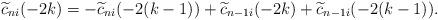
LaTeX: \begin{align*}\widetilde{c}_{ni}(-2k)=-\widetilde{c}_{ni}(-2(k-1))+\widetilde{c}_{n-1i}(-2k)+\widetilde{c}_{n-1i}(-2(k-1)). \end{align*}